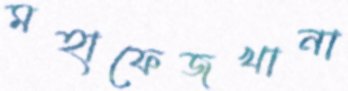
মহাফেজখানা